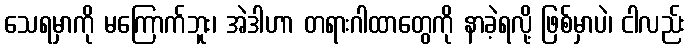
သေရမှာကို မကြောက်ဘူး၊ အဲဒါဟာ တရားဂါထာတွေကို နာခဲ့ရလို့ ဖြစ်မှာပဲ၊ ငါလည်း